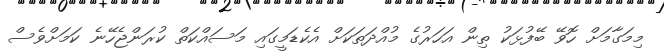
މިމަގާމަށް ހޮވޭ ބޭފުޅަކު ތިން އަހަރުގެ މުއްދަތަކަށް އެކެޑަމީގައި މަސައްކަތް ކުރަންޖެހޭނެ ކަމަށްވެސް